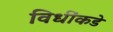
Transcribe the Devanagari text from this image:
विधींकडे